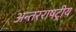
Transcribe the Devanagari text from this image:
अन्तरराषट्रीय